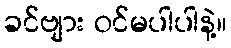
ခင်ဗျား ဝင်မပါပါနဲ့။